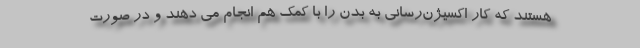
هستند که کار اکسیژن‌رسانی به بدن را با کمک هم انجام می دهند و در صورت